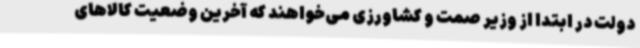
دولت در ابتدا از وزیر صمت و کشاورزی می‌خواهند که آخرین وضعیت کالاهای